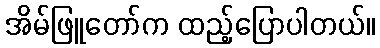
အိမ်ဖြူတော်က ထည့်ပြောပါတယ်။